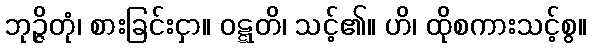
ဘုဉ္ဇိတုံ၊ စားခြင်းငှာ။ ဝဋ္ဋတိ၊ သင့်၏။ ဟိ၊ ထိုစကားသင့်စွ။